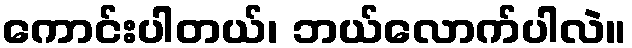
ကောင်းပါတယ်၊ ဘယ်လောက်ပါလဲ။